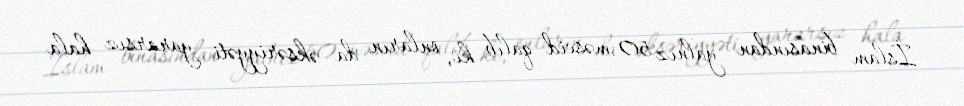
İslam binasından yalnız 50 məscid qalıb ki, onların da əksəriyyəti yararsız hala